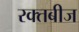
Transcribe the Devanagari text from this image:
रक्‍तबीज